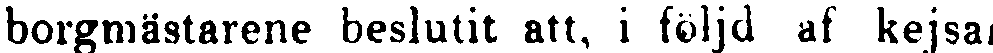
borgmästarene beslutit att, i följd af kejsar.